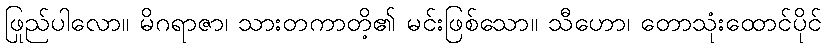
ဖြည်ပါလော။ မိဂရာဇာ၊ သားတကာတို့၏ မင်းဖြစ်သော။ သီဟော၊ တောသုံးထောင်ပိုင်